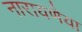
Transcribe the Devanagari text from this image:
नारायणैया